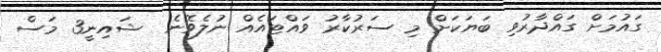
ގައުމަށް ގައްދާރުވި ބަޔަކަށް މި ސަރުކާރު ވައްޓައެއް ނުލެވޭނެ  ޝައިނީ3 މަސް